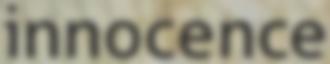
innocence